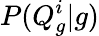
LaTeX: P(Q_{g}^{i}|g)